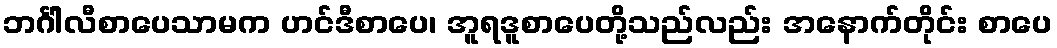
ဘင်္ဂါလီစာပေသာမက ဟင်ဒီစာပေ၊ အူရဒူစာပေတို့သည်လည်း အနောက်တိုင်း စာပေ